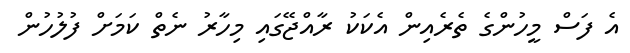
އެ ފަސް މީހުންގެ ތެރެއިން އެކަކު ރާއްޖޭގައި މިހާރު ނެތް ކަމަށް ފުލުހުން